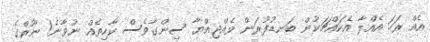
އެއް ރަހަ އެއްލާ އެކައްޗަކުން ބަނޑުފުރަން ވެއްޖިއްޔާ ސިންގާވެސް ކާހިތެއް ނުވާނެ! ނޫރްގެ